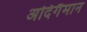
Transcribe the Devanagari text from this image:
अदिगैमान